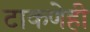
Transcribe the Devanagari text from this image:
टाकणेही